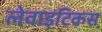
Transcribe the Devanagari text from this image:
लेवाइटिकस